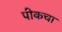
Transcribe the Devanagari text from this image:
पीकचा